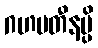
ဂဟပတီနမ္ပိ